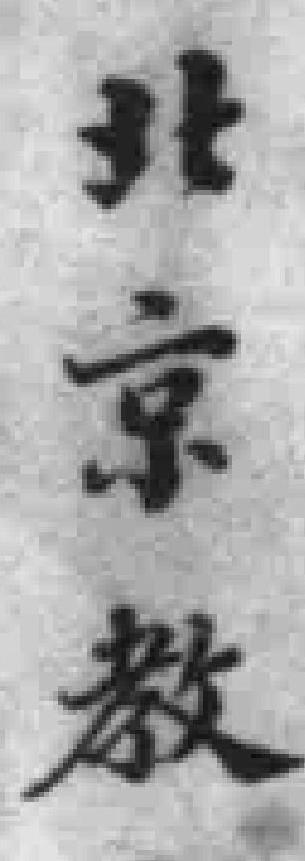
北京教